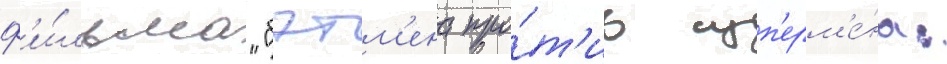
ф'и́льма "бэтм'ена про́т'ив суп'ерм'е́на: